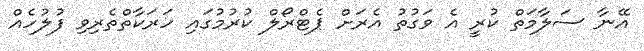
އޭނާ ސަލާމަތް ކުރީ އެ ވަގުތު އެރަށް ޕެޓްރޯލް ކުރުމުގައި ހަރަކާތްތެރިވި ފުލުހެއް